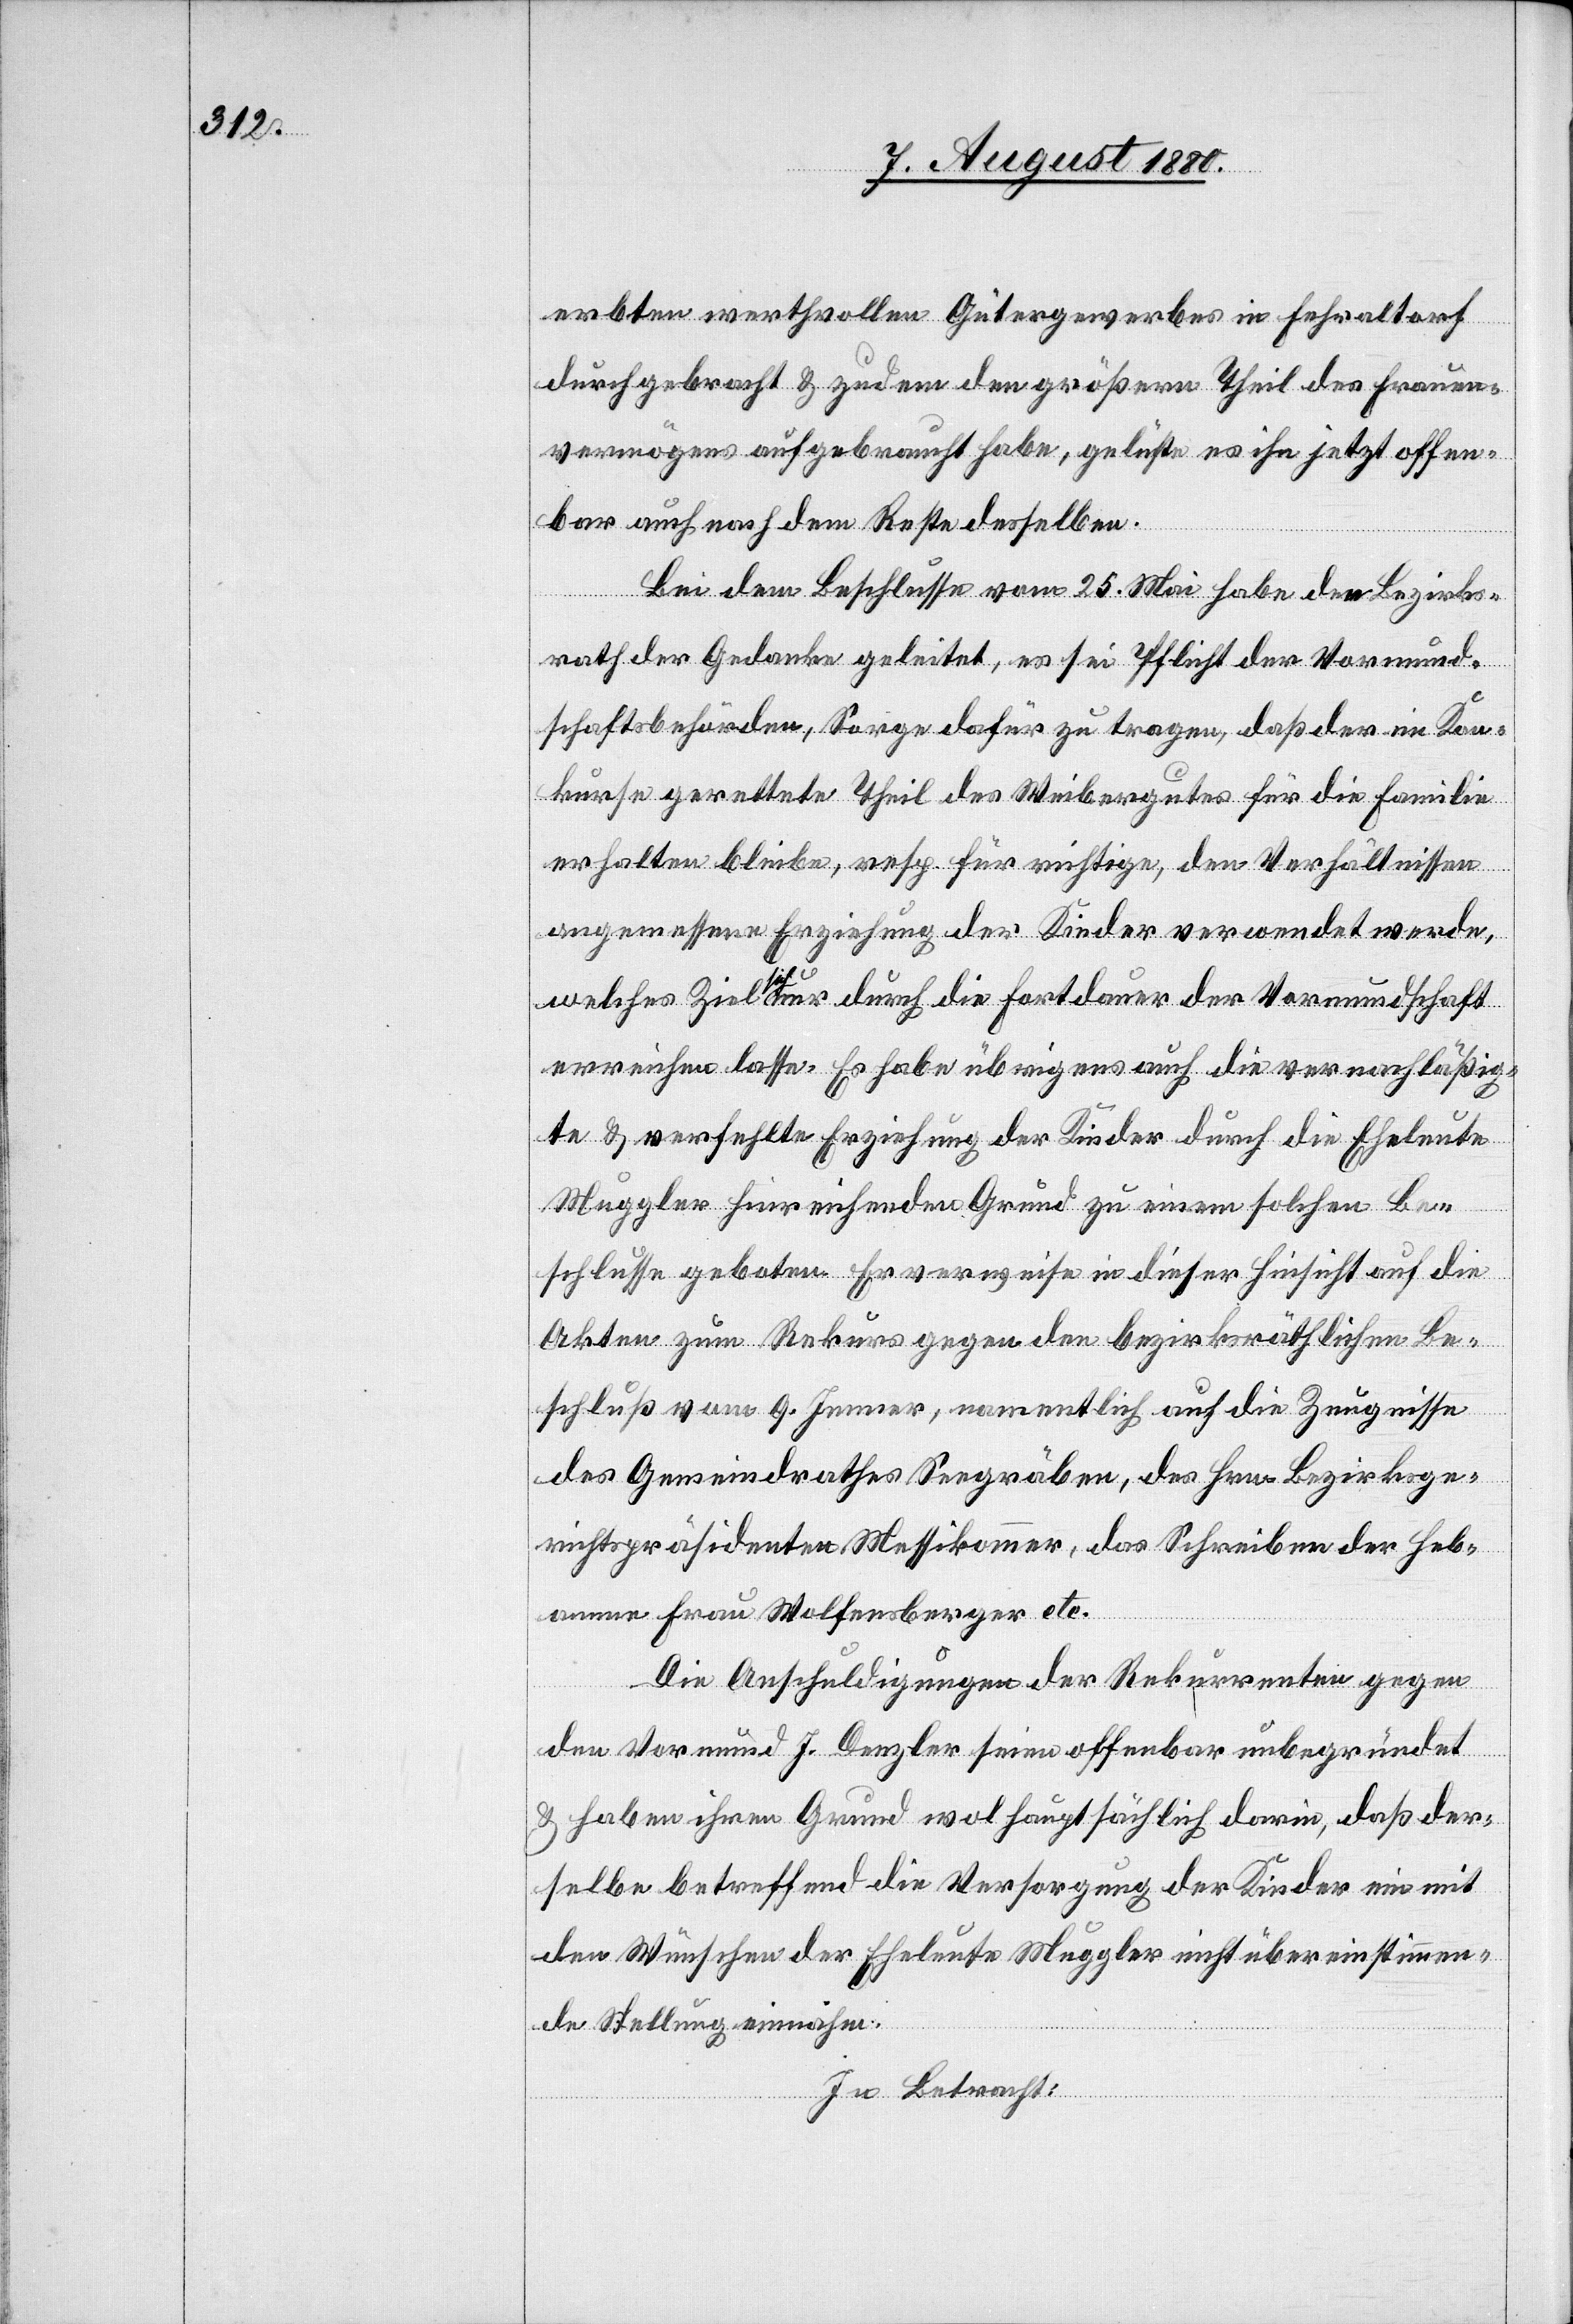
erbten werthvollen Gütergewerbes in Fehraltorf
durchgebracht & zudem den größern Theil des Frauen¬
vermögens aufgebraucht habe, gelüste es ihn jetzt offen¬
bar auch nach dem Reste desselben.
Bei dem Beschlusse vom 25. Mai habe den Bezirks¬
rath der Gedanke geleitet, es sei Pflicht der Vormund¬
schaftsbehörden, Sorge dafür zu tragen, daß der im Kon¬
kurse gerettete Theil des Weibergutes für die Familie
erhalten bleibe, resp. für richtige, den Verhältnissen
angemessene Erziehung der Kinder verwendet werde,
welches Ziel sich nur durch die Fortdauer der Vormundschaft
erreichen lasse. Es habe übrigens auch die vernachläßig¬
te & verfehlte Erziehung der Kinder durch die Eheleute
Muggler hinreichenden Grund zu einem solchen Be¬
schlusse geboten. Er verweise in dieser Hinsicht auf die
Akten zum Rekurs gegen den bezirksräthlichen Be¬
schluß vom 9. Jenner, namentlich auf die Zeugnisse
des Gemeindrathes Seegräben, des Hrn. Bezirksge¬
richtspräsidenten Messikommer, das Schreiben der Heb¬
amme Frau Wolfensberger etc.
Die Anschuldigungen der Rekurrenten gegen
den Vormund J. Denzler seien offenbar unbegründet
& haben ihren Grund wol hauptsächlich darin, daß der¬
selbe betreffend die Versorgung der Kinder ein mit
den Wünschen der Eheleute Muggler nicht übereinstimmen¬
de Stellung einnahm.
In Betracht: